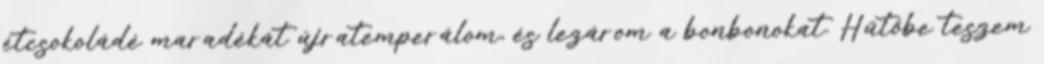
étcsokoládé maradékát újratemperálom, és lezárom a bonbonokat. Hűtőbe teszem